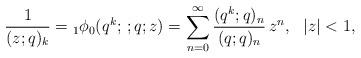
LaTeX: \begin{align*}\frac{1}{(z;q)_{k}}={}_{1}\phi_{0}(q^{k};\,;q;z)=\sum_{n=0}^{\infty}\frac{(q^{k};q)_{n}}{(q;q)_{n}}\, z^{n},\ \ |z|<1,\end{align*}